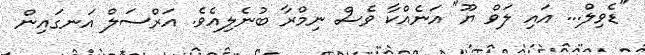
"ޑެވިލް... އައި ލަވް ޔޫ" އަނެއްކާ ވެސް ނިމްރާ ބުނެލިއެވެ. އަރްސަލް އަނގައިން